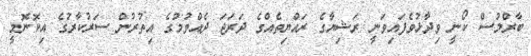
ބާރްލުސް ކޯނީ ވިދާޅުވެފައިވަނީ ރަޝިޔާގެ ރައްޔިތެއްގެ ދަރަޖަ ދެއްވުމުގެ އިތުރުން ސަރުކާރުގެ އިކޮނޮމީ